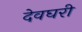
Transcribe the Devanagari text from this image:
देवघरी